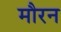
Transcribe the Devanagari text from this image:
मौरन